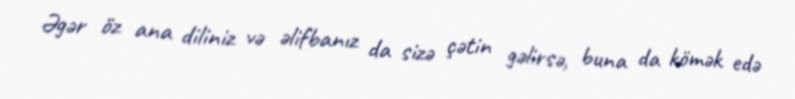
Əgər öz ana diliniz və əlifbanız da sizə çətin gəlirsə, buna da kömək edə